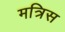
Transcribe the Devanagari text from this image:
मत्रिस